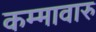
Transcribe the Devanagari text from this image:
कम्मावारु